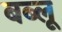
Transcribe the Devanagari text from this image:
बब्लू